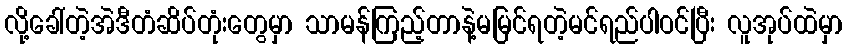
လို့ခေါ်တဲ့အဲဒီတံဆိပ်တုံးတွေမှာ သာမန်ကြည့်တာနဲ့မမြင်ရတဲ့မင်ရည်ပါဝင်ပြီး လူအုပ်ထဲမှာ